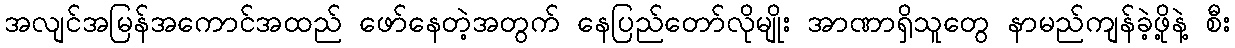
အလျင်အမြန်အကောင်အထည် ဖော်နေတဲ့အတွက် နေပြည်တော်လိုမျိုး အာဏာရှိသူတွေ နာမည်ကျန်ခဲ့ဖို့နဲ့ စီး